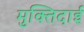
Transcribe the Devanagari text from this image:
मुक्तिदाई